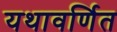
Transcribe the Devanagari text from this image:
यथावर्णित